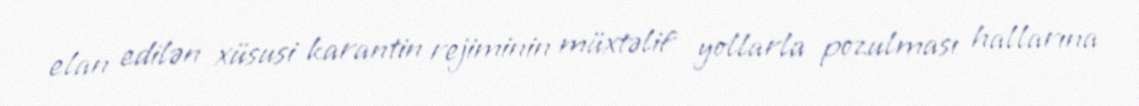
elan edilən xüsusi karantin rejiminin müxtəlif yollarla pozulması hallarına